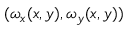
( { \omega } _ { x } ( x , y ) , { \omega } _ { y } ( x , y ) )